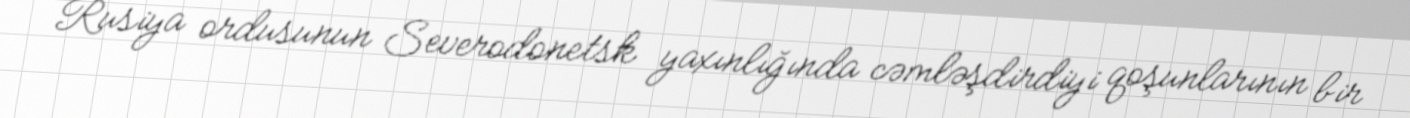
Rusiya ordusunun Severodonetsk yaxınlığında cəmləşdirdiyi qoşunlarının bir